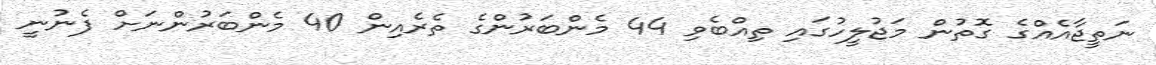
ނަތީޖާއެއްގެ ގޮތުން މަޖުލީހުގައި ތިއްބެވި 44 މެންބަރުންގެ ތެރެއިން 40 މެންބަރުންނަށް ފެނުނީ